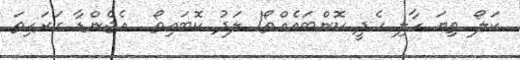
ކަލޯ ތިޔަ ހާލި ހެދީ ކޮންބައެއްތޯ! ލަދު ކޮބައިތޯ  އެޖެންޑާ ގަރަހިތަ